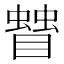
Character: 𥋅